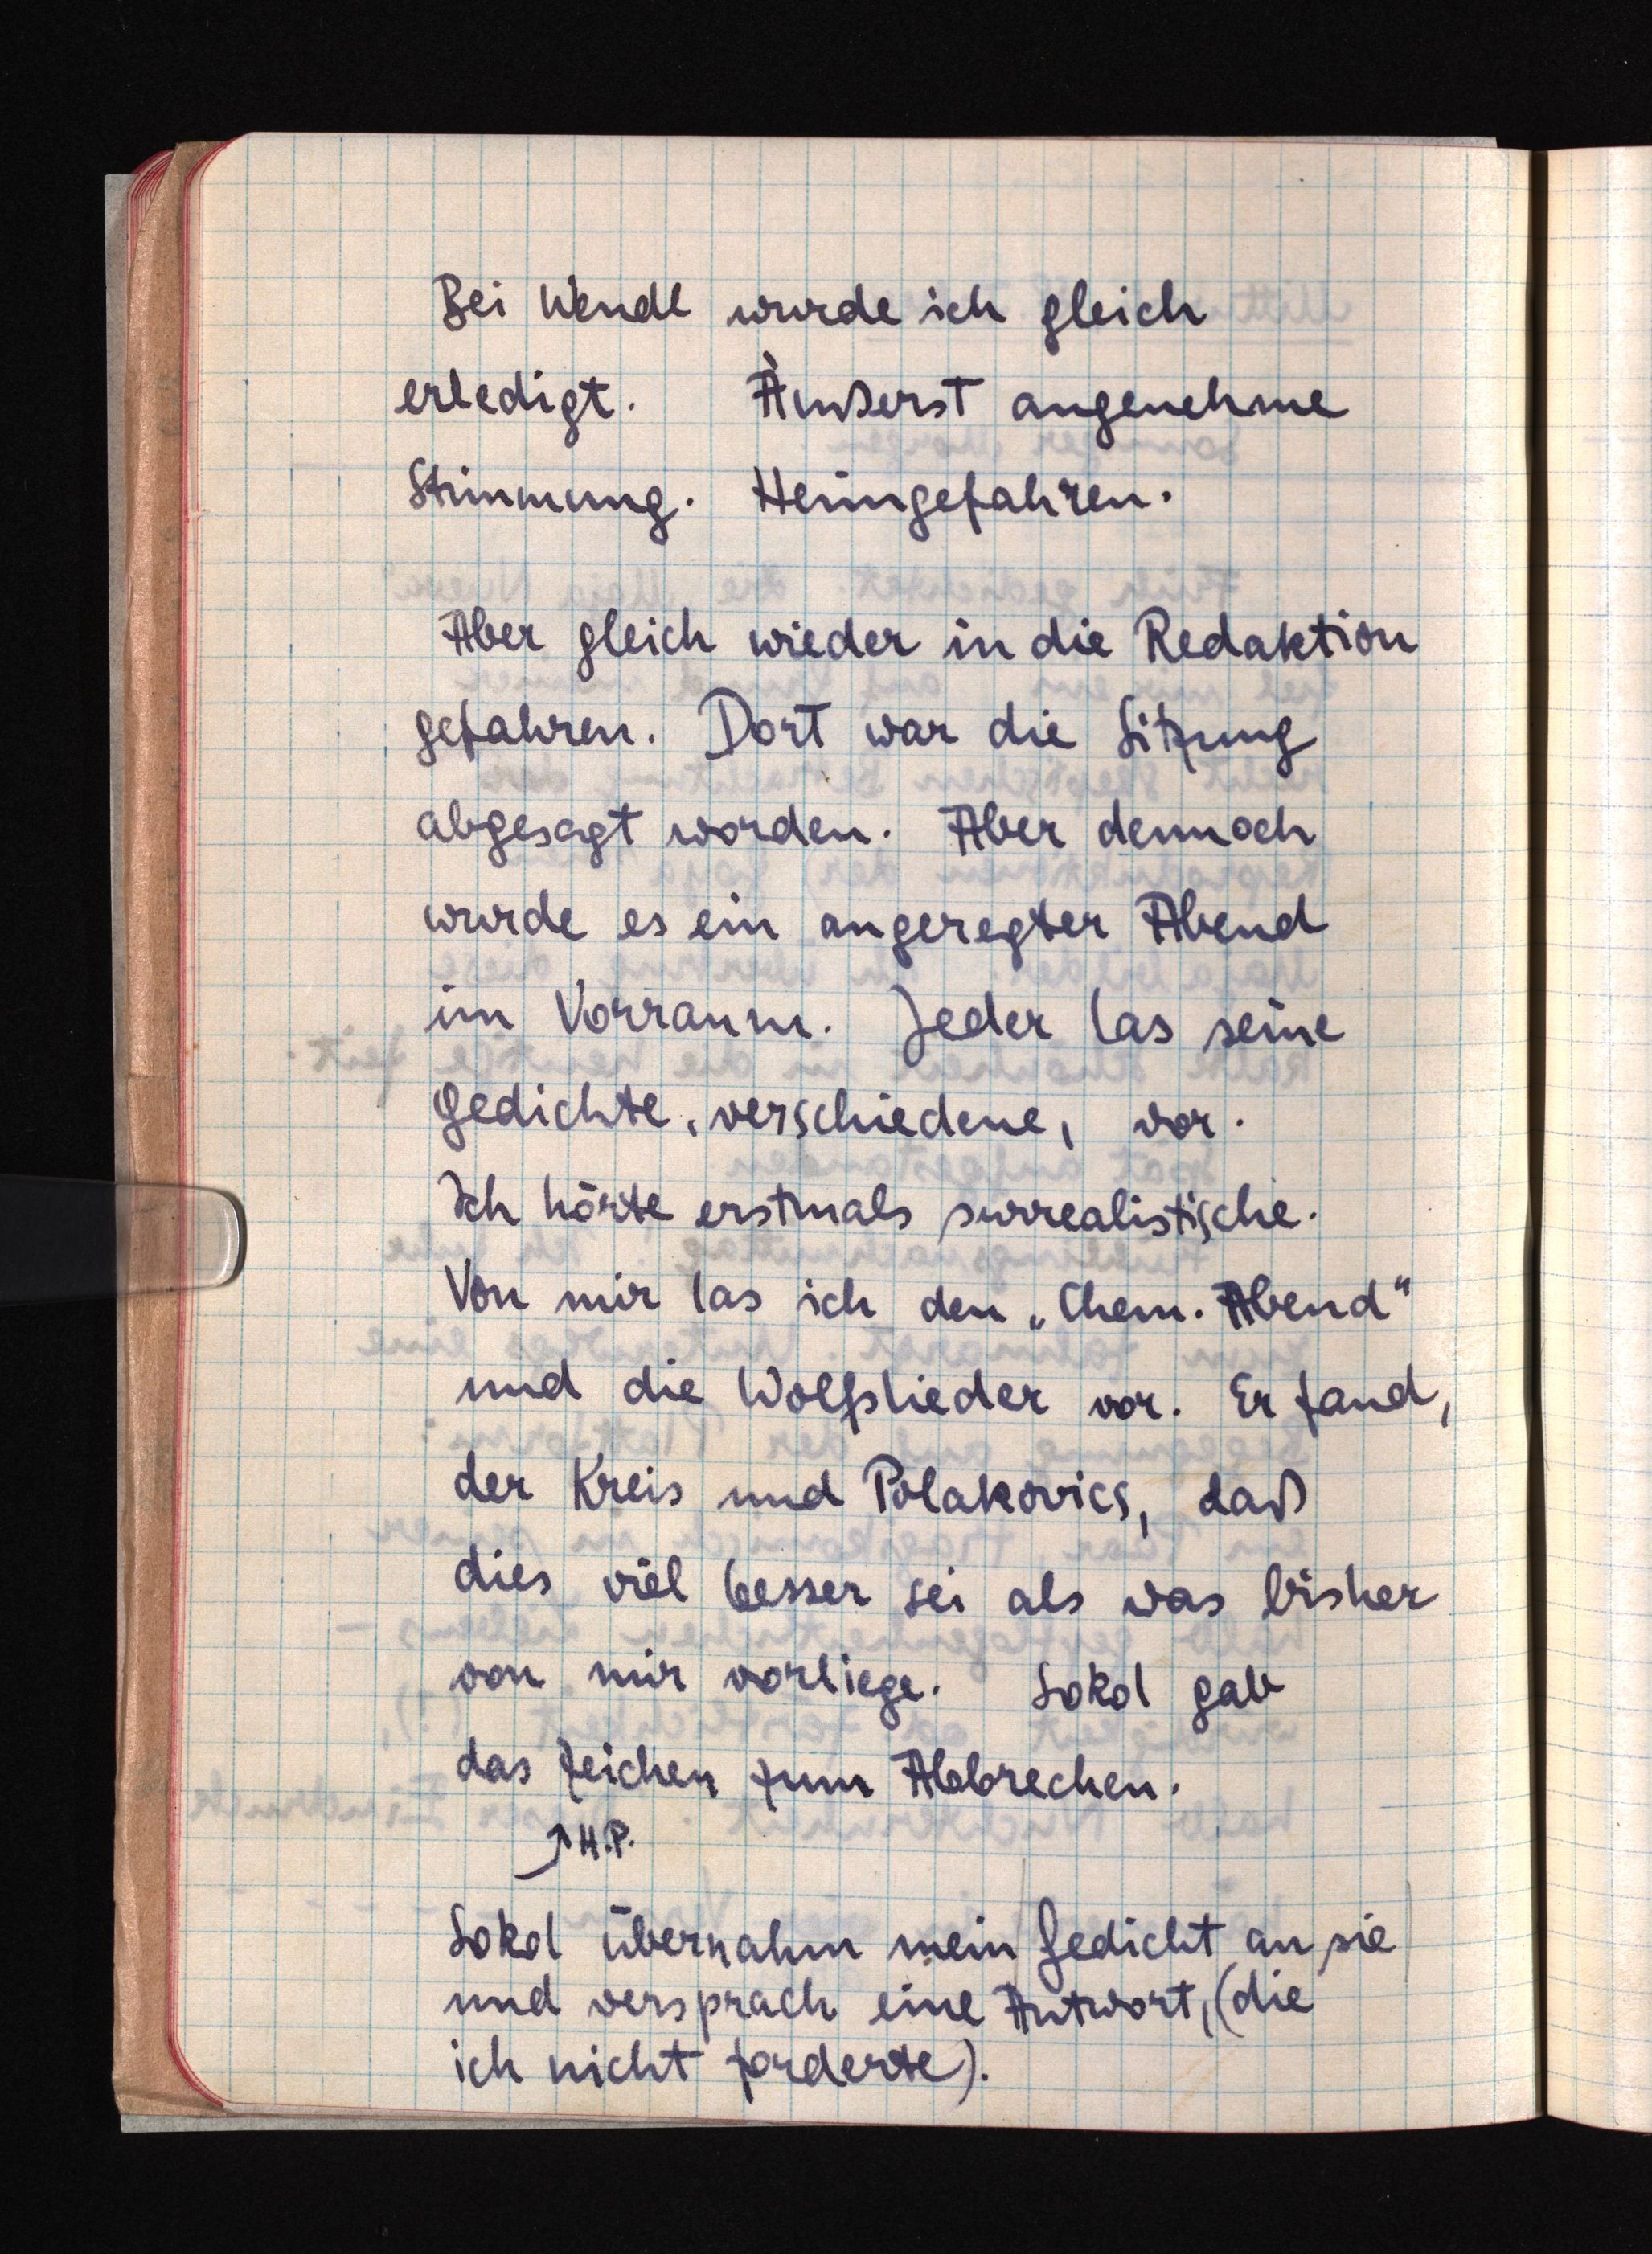
Bei Wendl wurde ich gleich
erledigt. Äußerst angenehme
Stimmung. Heimgefahren.
Aber gleich wieder in die Redaktion
gefahren. Dort war die Sitzung
abgesagt worden. Aber dennoch
wurde es ein angeregter Abend
im Vorraum. Jeder las seine
Gedichte, verschiedene, vor.
Ich hörte erstmals surrealistische.
Von mir las ich den "Chem. Abend"
und die Wolfslieder vor. Er fand,
der Kreis und Polakovics, daß
dies viel besser sei als was bisher
von mir vorliege. Sokol gab
das Zeichen zum Abbrechen.
H.P.
Sokol übernahm mein Gedicht an sie
und versprach eine Antwort (die
ich nicht forderte).